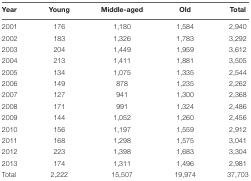
<table><thead><tr><td><b>Year</b></td><td><b>Young</b></td><td><b>Middle-aged</b></td><td><b>Old</b></td><td><b>Total</b></td></tr></thead><tbody><tr><td>2001</td><td>176</td><td>1,180</td><td>1,584</td><td>2,940</td></tr><tr><td>2002</td><td>183</td><td>1,326</td><td>1,783</td><td>3,292</td></tr><tr><td>2003</td><td>204</td><td>1,449</td><td>1,959</td><td>3,612</td></tr><tr><td>2004</td><td>213</td><td>1,411</td><td>1,881</td><td>3,505</td></tr><tr><td>2005</td><td>134</td><td>1,075</td><td>1,335</td><td>2,544</td></tr><tr><td>2006</td><td>149</td><td>878</td><td>1,235</td><td>2,262</td></tr><tr><td>2007</td><td>127</td><td>941</td><td>1,300</td><td>2,368</td></tr><tr><td>2008</td><td>171</td><td>991</td><td>1,324</td><td>2,486</td></tr><tr><td>2009</td><td>144</td><td>1,052</td><td>1,260</td><td>2,456</td></tr><tr><td>2010</td><td>156</td><td>1,197</td><td>1,559</td><td>2,912</td></tr><tr><td>2011</td><td>168</td><td>1,298</td><td>1,575</td><td>3,041</td></tr><tr><td>2012</td><td>223</td><td>1,398</td><td>1,683</td><td>3,304</td></tr><tr><td>2013</td><td>174</td><td>1,311</td><td>1,496</td><td>2,981</td></tr><tr><td>Total</td><td>2,222</td><td>15,507</td><td>19,974</td><td>37,703</td></tr></tbody></table>